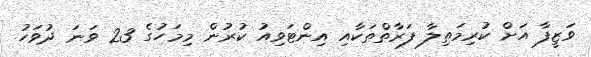
ވަޒީފާ އަށް ކުރިމަތިލާ ފަރާތްތަކާއި އިންޓަވިއު ކުރުން މިމަހުގެ 23 ވަނަ ދުވަހު